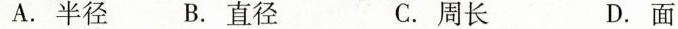
A. 半径 B. 直径 C. 周长 D. 面